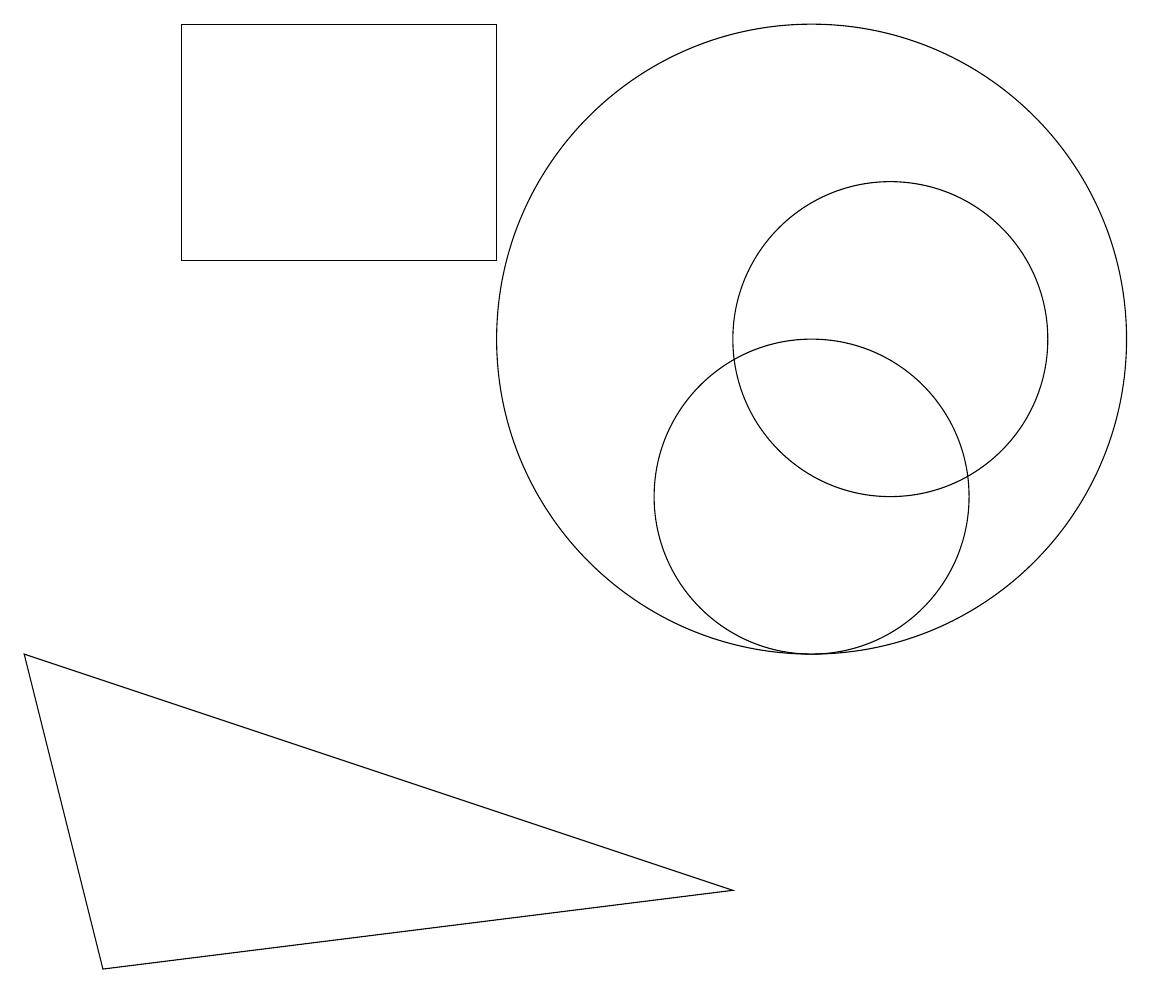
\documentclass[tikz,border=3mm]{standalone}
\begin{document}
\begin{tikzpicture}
\draw (11,12) circle (2);
\draw (10,10) circle (2);
\draw (10,10) circle (0);
\draw (2,16) rectangle (6,13);
\draw (10,12) circle (4);
\draw (9,5) -- (1,4) -- (0,8) -- cycle;
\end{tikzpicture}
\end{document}